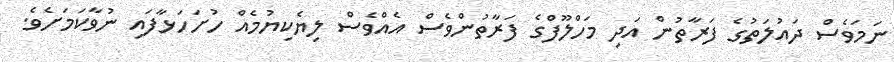
ނަމަވެސް ދައުލަތުގެ ފަރާތުން އަދި މަހްލޫފްގެ ފަރާތުންވެސް އެއްވެސް ލިޔެކިޔުމެއް ހުށަހަޅާފައި ނުވާކަމަށެވެ.